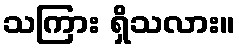
သကြား ရှိသလား။